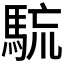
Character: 𩣇